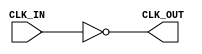
module InvertingClockBuffer (
    input wire CLK_IN,    // Input clock signal
    output wire CLK_OUT   // Output clock signal (inverted)
);

    // Inverting the clock signal using a simple assign statement
    assign CLK_OUT = ~CLK_IN;

endmodule